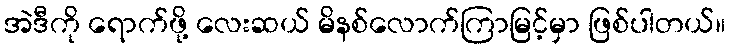
အဲဒီကို ရောက်ဖို့ လေးဆယ် မိနစ်လောက်ကြာမြင့်မှာ ဖြစ်ပါတယ်။